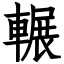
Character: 輾